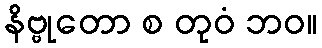
နိဗ္ဗုတော စ တုဝံ ဘဝ။